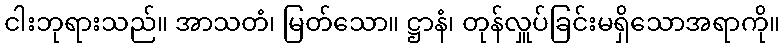
ငါးဘုရားသည်။ အာသတံ၊ မြတ်သော။ ဋ္ဌာနံ၊ တုန်လှူပ်ခြင်းမရှိသောအရာကို။